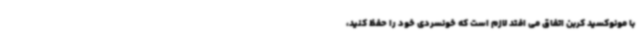
با مونوکسید کربن اتفاق می افتد لازم است که خونسردی خود را حفظ کنید،